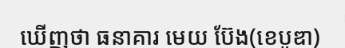
ឃើញថា ធនាគារ មេយ ប៊ែង(ខេបូឌា)